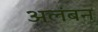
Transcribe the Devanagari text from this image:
अलंबन